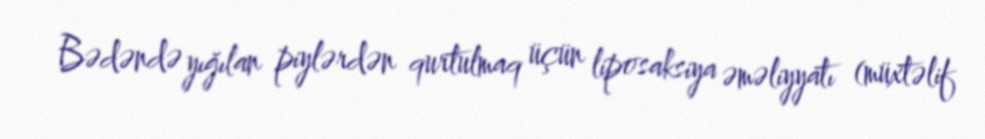
Bədəndə yığılan piylərdən qurtulmaq üçün liposaksiya əməliyyatı (müxtəlif